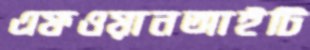
এফওয়ানআইটি